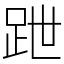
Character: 跇